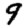
Digit: 9